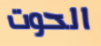
الحوت